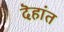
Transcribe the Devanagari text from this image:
दॆहांत